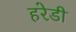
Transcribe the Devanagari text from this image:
हरेडी